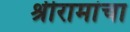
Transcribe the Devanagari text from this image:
श्रीरामांचा